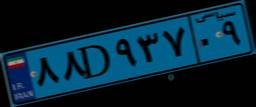
۳۸D۵۶۵۱۳